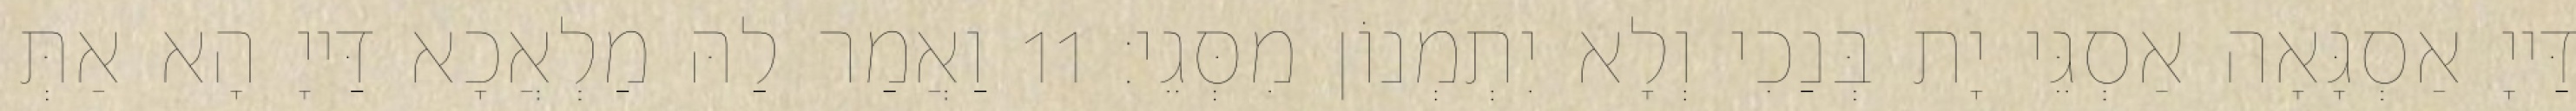
דַּייָ אַסְגָּאָה אַסְגֵּי יָת בְּנַכִי וְלָא יִתְמְנוֹן מִסְּגֵי׃ 11 וַאֲמַר לַהּ מַלְאֲכָא דַּייָ הָא אַתְּ